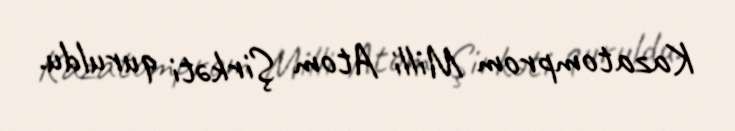
Kazatomprom Milli Atom Şirkəti quruldu.